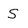
Character: S